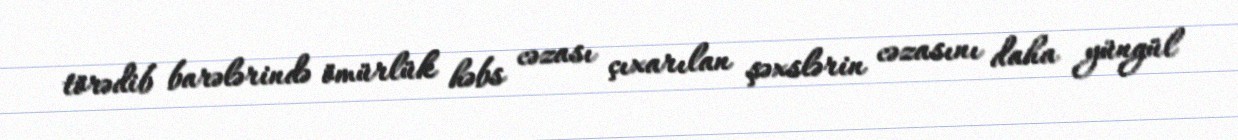
törədib barələrində ömürlük həbs cəzası çıxarılan şəxslərin cəzasını daha yüngül